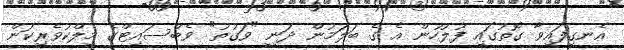
އެނގިފައިވާ ގޮތުގައި ފުލުހުން އެ ގެ ބަލަމުން ދަނީ "ވަގުތު" ވެބްސައިޓްގެ މިލްކުވެރިކަން